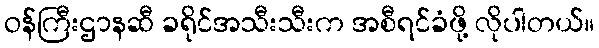
ဝန်ကြီးဌာနဆီ ခရိုင်အသီးသီးက အစီရင်ခံဖို့ လိုပါတယ်။